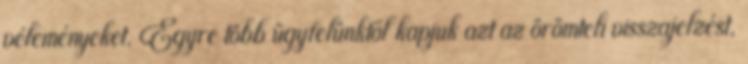
véleményeket. Egyre több ügyfelünktől kapjuk azt az örömteli visszajelzést,